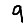
Digit: 9